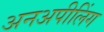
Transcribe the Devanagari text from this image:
अनअपीलिंग